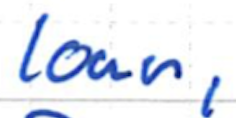
Text: loan,
Cross-out: clean
Writing tool: ballpoint